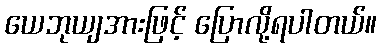
ယေဘုယျအားဖြင့် ပြောလို့ရပါတယ်။